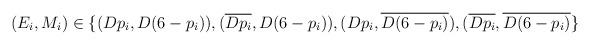
LaTeX: \begin{align*}(E_i,M_i) \in \{(Dp_i,D(6-p_i)),(\overline{Dp_i},D(6-p_i)),(Dp_i,\overline{D(6-p_i)}),(\overline{Dp_i},\overline{D(6-p_i)}\}\end{align*}